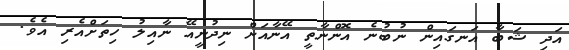
އަދި ޝަބާ އަނގައިން ނުބުނެ އޮންނާތީ އޭނާއަށް ނިދުނީއޭ ނާއިލު ހިތަށްއެރި އެވެ.